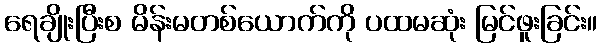
ရေချိုးပြီးစ မိန်းမတစ်ယောက်ကို ပထမဆုံး မြင်ဖူးခြင်း။